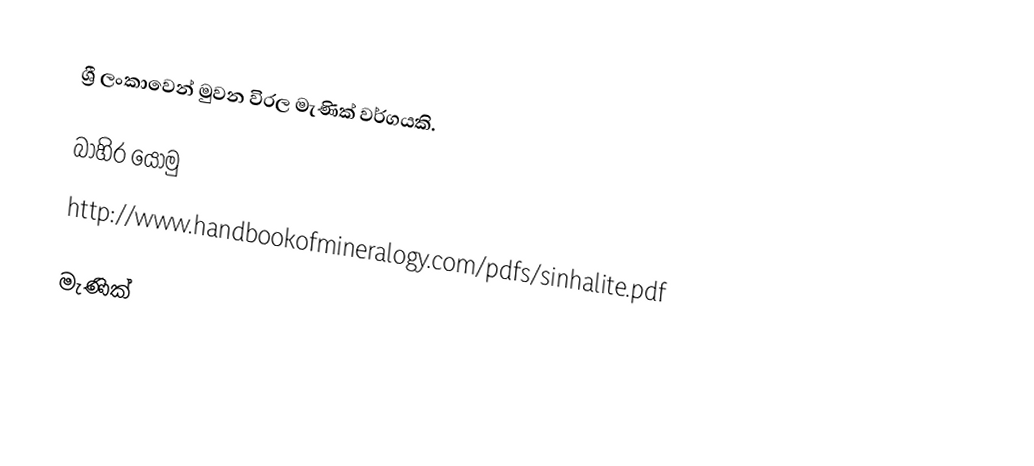
ශ්‍රී ලංකාවෙන් මුවන විරල මැණික් වර්ගයකි.

බාහිර යොමු
http://www.handbookofmineralogy.com/pdfs/sinhalite.pdf

මැණික්